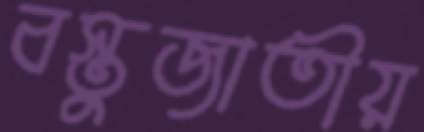
বস্তুজাতীয়